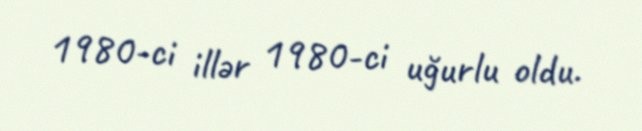
1980-ci illər 1980-ci uğurlu oldu.